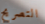
التصريح